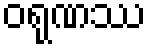
ဝရုဏဿ